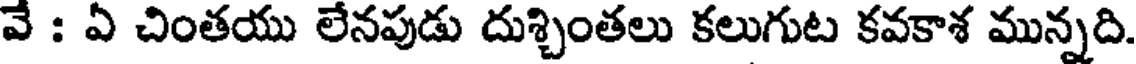
వే : ఏ చింతయు లేనపుడు దుశ్చింతలు కలుగుట కవకాశ మున్నది